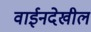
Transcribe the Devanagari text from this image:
वाईनदेखील